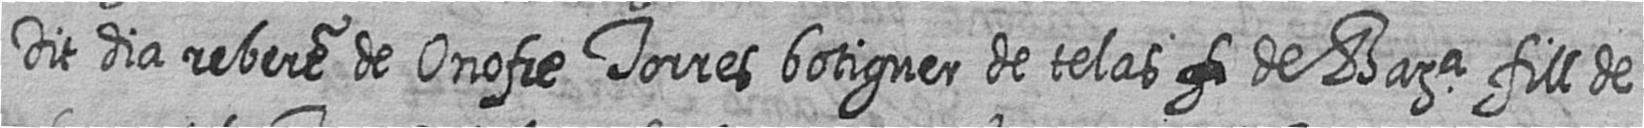
Dit dia rebere de Onofre Torres botiguer de telas # de Bara fill de